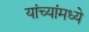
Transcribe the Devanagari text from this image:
यांच्यांमध्ये